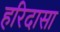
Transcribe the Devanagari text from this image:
हरिदासा